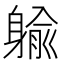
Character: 䠼